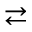
\rightleftarrows